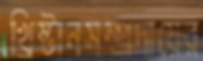
খ্রিষ্টানসম্প্রদায়ের